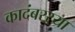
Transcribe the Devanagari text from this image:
कादंबरऱ्या